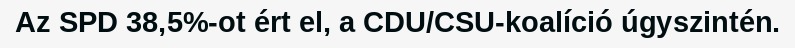
Az SPD 38,5%-ot ért el, a CDU/CSU-koalíció úgyszintén.